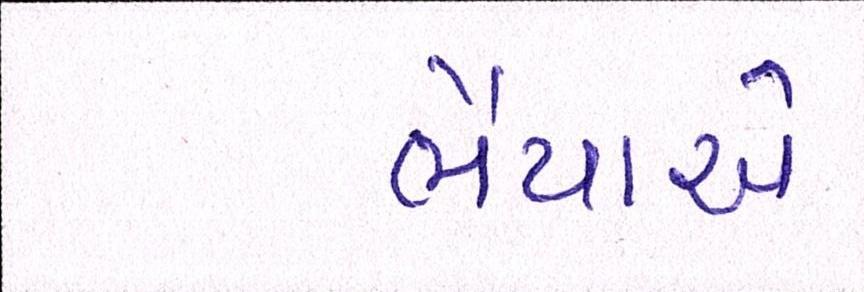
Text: ભૈયાએ